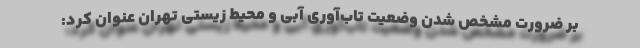
بر ضرورت مشخص شدن وضعیت تاب‌آوری آبی و محیط زیستی تهران عنوان کرد: